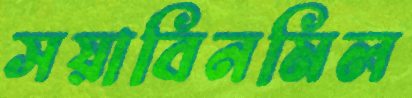
সয়াবিনমিল